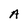
Character: A